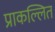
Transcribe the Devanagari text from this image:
प्राकल्लित